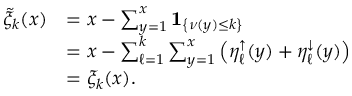
\begin{array} { r l } { \tilde { \xi } _ { k } ( x ) } & { = x - \sum _ { y = 1 } ^ { x } \mathbf { 1 } _ { \left\{ \nu ( y ) \le k \right\} } } \\ & { = x - \sum _ { \ell = 1 } ^ { k } \sum _ { y = 1 } ^ { x } \left( \eta _ { \ell } ^ { \uparrow } ( y ) + \eta _ { \ell } ^ { \downarrow } ( y ) \right) } \\ & { = \xi _ { k } ( x ) . } \end{array}